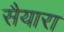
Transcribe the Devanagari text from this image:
सैयारा